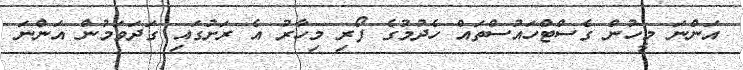
އަންނަ މީހުން ގެސްޓްހައުސްތައް ހެދުމުގެ ފޯރި މިހާރު އެ ރަށުގައި ގަދަވަމުން އަންނަ